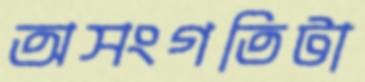
অসংগতিটা